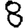
Digit: 8